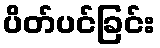
ပိတ်ပင်ခြင်း